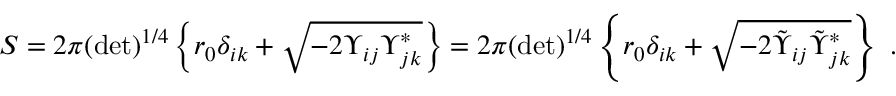
S = 2 \pi ( \operatorname * { d e t } ) ^ { 1 / 4 } \left\{ r _ { 0 } \delta _ { i k } + \sqrt { - 2 \Upsilon _ { i j } \Upsilon _ { j k } ^ { * } } \right\} = 2 \pi ( \operatorname * { d e t } ) ^ { 1 / 4 } \left\{ r _ { 0 } \delta _ { i k } + \sqrt { - 2 \tilde { \Upsilon } _ { i j } \tilde { \Upsilon } _ { j k } ^ { * } } \right\} \ .